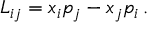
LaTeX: L _ { i j } = x _ { i } p _ { j } - x _ { j } p _ { i } \, .